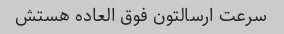
سرعت ارسالتون فوق العاده هستش